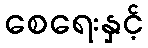
စေရေးနှင့်